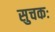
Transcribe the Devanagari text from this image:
सुचकः